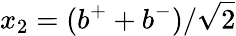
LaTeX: x_{2}=(b^{+}+b^{-})/\sqrt{2}